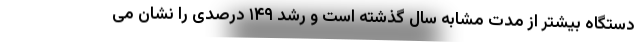
دستگاه بیشتر از مدت مشابه سال گذشته است و رشد ۱۴۹ درصدی را نشان می